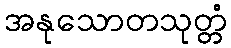
အနုသောတသုတ္တံ